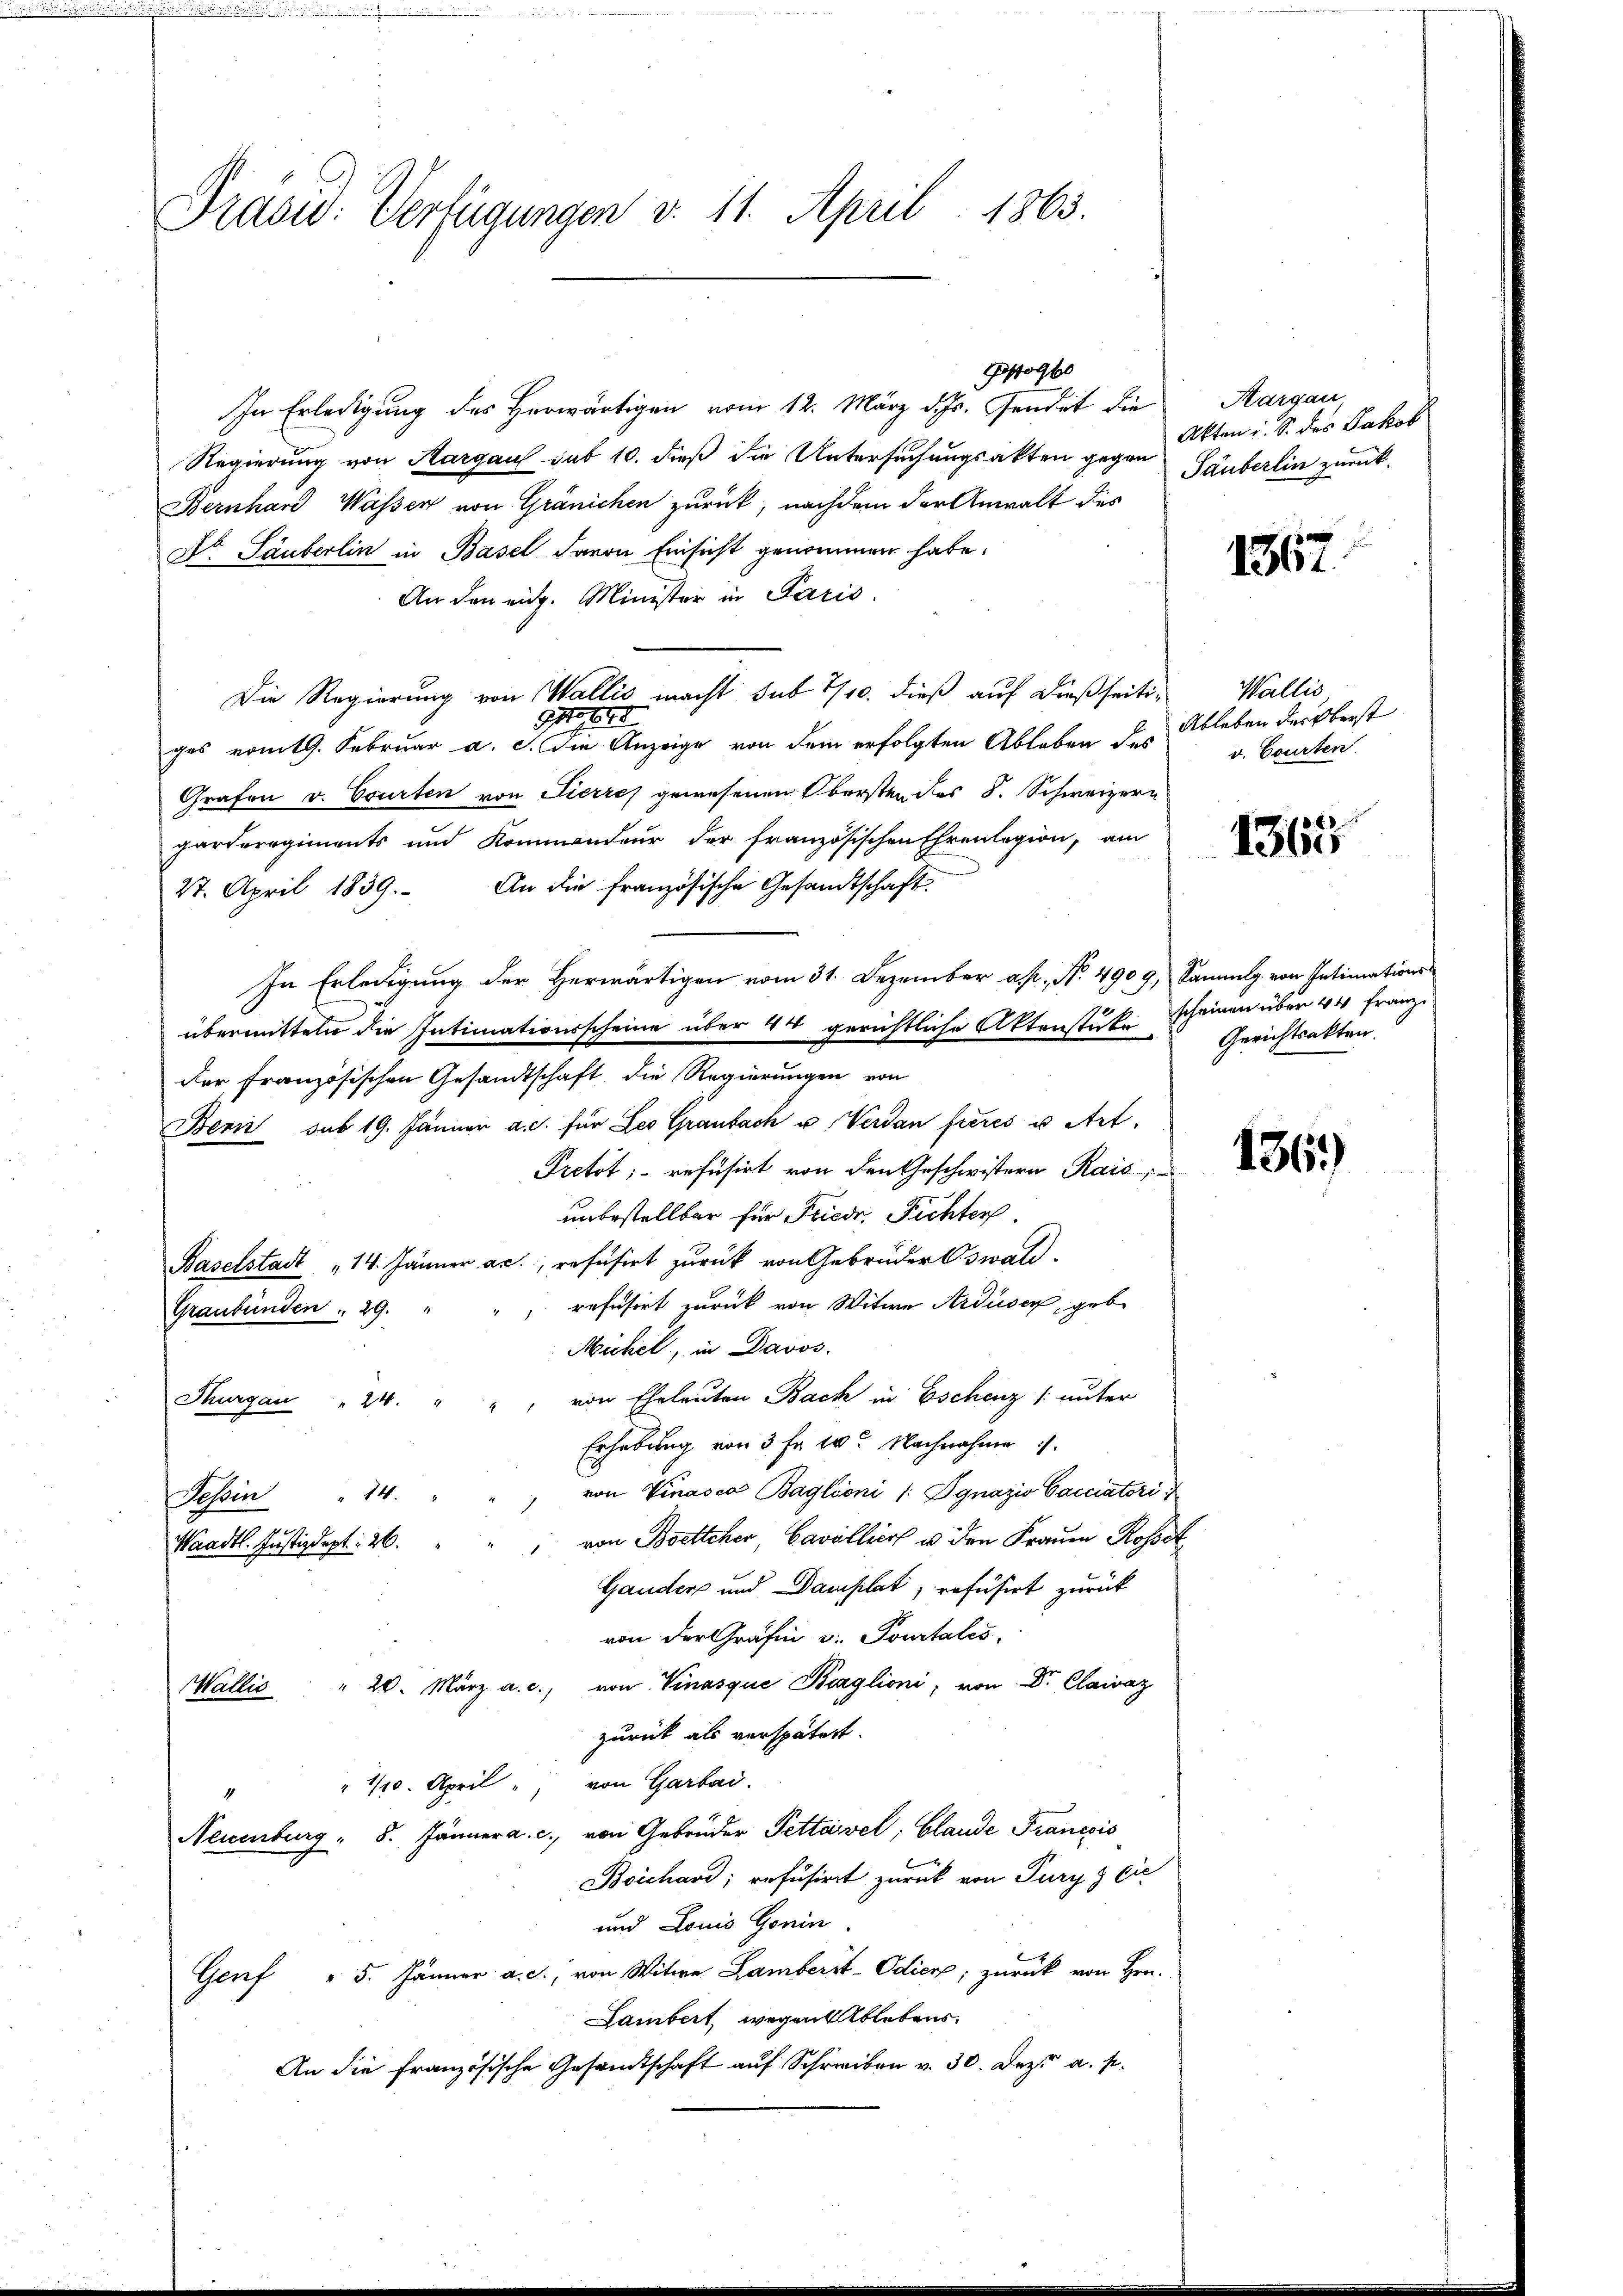
Prasw: Verfügungen v. 11. April 1863.

In Erledigung des Herwärtigen vom 12. März d. Js. sendet die
Regierung von Aargau sub 10. dieß die Untersuchungsakten gegen Säuberlin zurück¬
Bernhard Wasser von Gränichen zurück, nachdem der Anwalt des
Dr Säuberlin in Basel davon Einsicht genommen habe.
An den eidg. Minister in Paris.
Die Regierung von Wallis macht sub 7/10. dieß auf dießseiti¬
Gr
ges vom 19. Februar a. c. die Anzeige von dem erfolgten Ableben des
Grafen v. Courten von Pierre gewesenen Obersten des S. Schweizern
garderegiments und Kommendeur der französischen Ehrenlegion, am
27. April 1839. An die französische Gesandtschaft.
In Erledigung der herwärtigen vom 31. Dezember a. p. N. 4909, Sammlg. von Intimations-
übermitteln die Intimationsscheine über 4 gerichtliche Aktenstutz
der französischen Gesandtschaft die Regierungen von
Benii sub 19. Jänner a. c. für Les Graubach u Verdan fieres u. Art.
Pretot;- refusirt von den Geschwistern Kais
unbestellbar für Friedr. Fichter
Baselstadt „14. Jänner ac., refusirt zurück von Gebrüder Oswald.
refusirt zurück von Witwe Arduser, gebe
Graubünden " 29. "
Michel, in Davos.
Thurgau " 24. " " von Eheleuten Bach in Eschenz (unter
Erhebung von 3 Fr. 10. Nachnahme
 von Vinasca Baglioni /: Ignazio Cacciatori
Tessin " 14.
e
von Brettcher, Cavillier u. den Frauen Roset
Waadt. Justizdept: 26.
Gauders und Dampilat, refüsirt zurück
von der Gräfin v. Pourtales,
Wallis " 20. März a. c., von Vinasque Boglioni, von Dr. Claivaz
zurück als verspätert.
" 1/10. April " von Garbai.
1
Neuenburg " 8. Jänner a. c. von Gebrüder Pettavel, Claude Franccis
Boichard, refusiret zurück von Pury 3 Eie
und Louis Gonin
Genf " 5. Jänner a. c., von Witwe Lamberst-Odicn; zurück von Hrn.
Lambert, wegen Ablebens
An die französische Gesandtschaft auf Schreiben v. 30. Dez. a. p.

Pfogbe

Aargau
Akten i. S. des Jakob

1367.

Wallis
Ableben des Oberst
v. Courten.

1365

scheinen über 44 franz
Gerichtsakten

136)